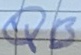
Text: QB